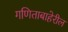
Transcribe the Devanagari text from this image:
गणिताबाहेरील